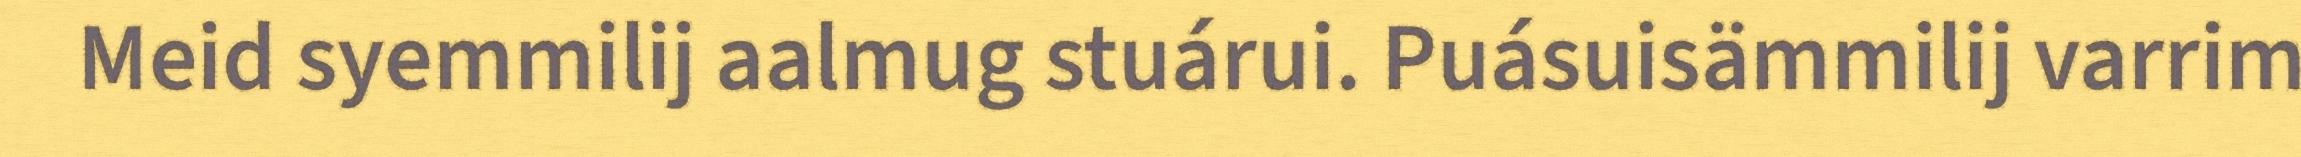
Meid syemmilij aalmug stuárui. Puásuisämmilij varrim